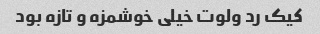
کیک رد ولوت خیلی خوشمزه و تازه بود